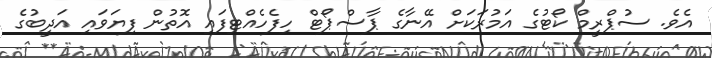
އެވެ. ސުޕްރީމް ކޯޓުގެ އަމުރަކަށް އޭނާގެ ޕާސްޕޯޓް ހިފެހެއްޓިފައި އޮތުން ފިޔަވައި އަދީބުގެ